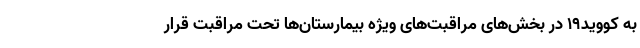
به کووید۱۹ در بخش‌های مراقبت‌های ویژه بیمارستان‌ها تحت مراقبت قرار